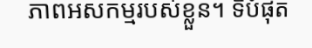
ភាពអសកម្មរបស់ខ្លួន។ ទីបំផុត